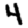
Digit: 4